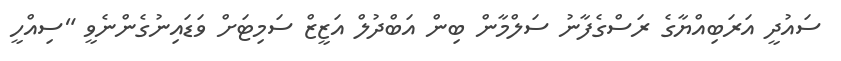
ސައުދީ އަރަބިއްޔާގެ ރަސްގެފާނު ސަލްމާން ބިން އަބްދުލް އަޒީޒް ސަމިޓަށް ވަޑައިނުގެންނެވީ "ސިއްހީ